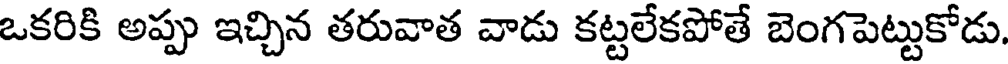
ఒకరికి అప్పు ఇచ్చిన తరువాత వాడు కట్టలేకపోతే బెంగపెట్టుకోడు.